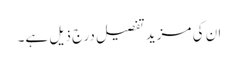
ان کی مزید تفصیل درج ذیل ہے۔